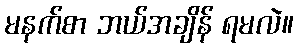
မနက်စာ ဘယ်အချိန် ရမလဲ။